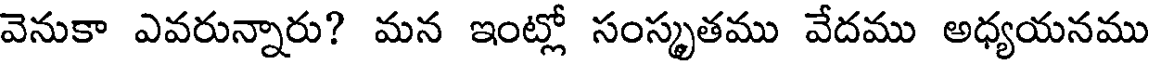
వెనుకా ఎవరున్నారు? మన ఇంట్లో సంస్కృతము వేదము అధ్యయనము